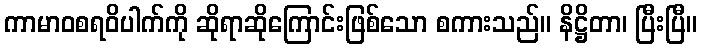
ကာမာဝစရဝိပါက်ကို ဆိုရာဆိုကြောင်းဖြစ်သော စကားသည်။ နိဋ္ဌိတာ၊ ပြီးပြီ။